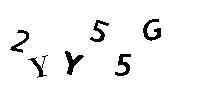
2YY55G